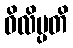
ဝိလိမ္ပတိ